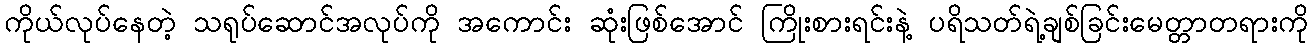
ကိုယ်လုပ်နေတဲ့ သရုပ်ဆောင်အလုပ်ကို အကောင်း ဆုံးဖြစ်အောင် ကြိုးစားရင်းနဲ့ ပရိသတ်ရဲ့ချစ်ခြင်းမေတ္တာတရားကို